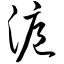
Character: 沪